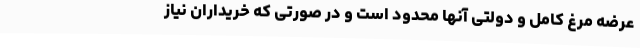
عرضه مرغ کامل و دولتی آنها محدود است و در صورتی که خریداران نیاز